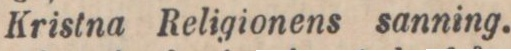
Kristna Religionens sanning.